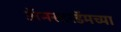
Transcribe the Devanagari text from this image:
अॅमस्टरडॅमच्या